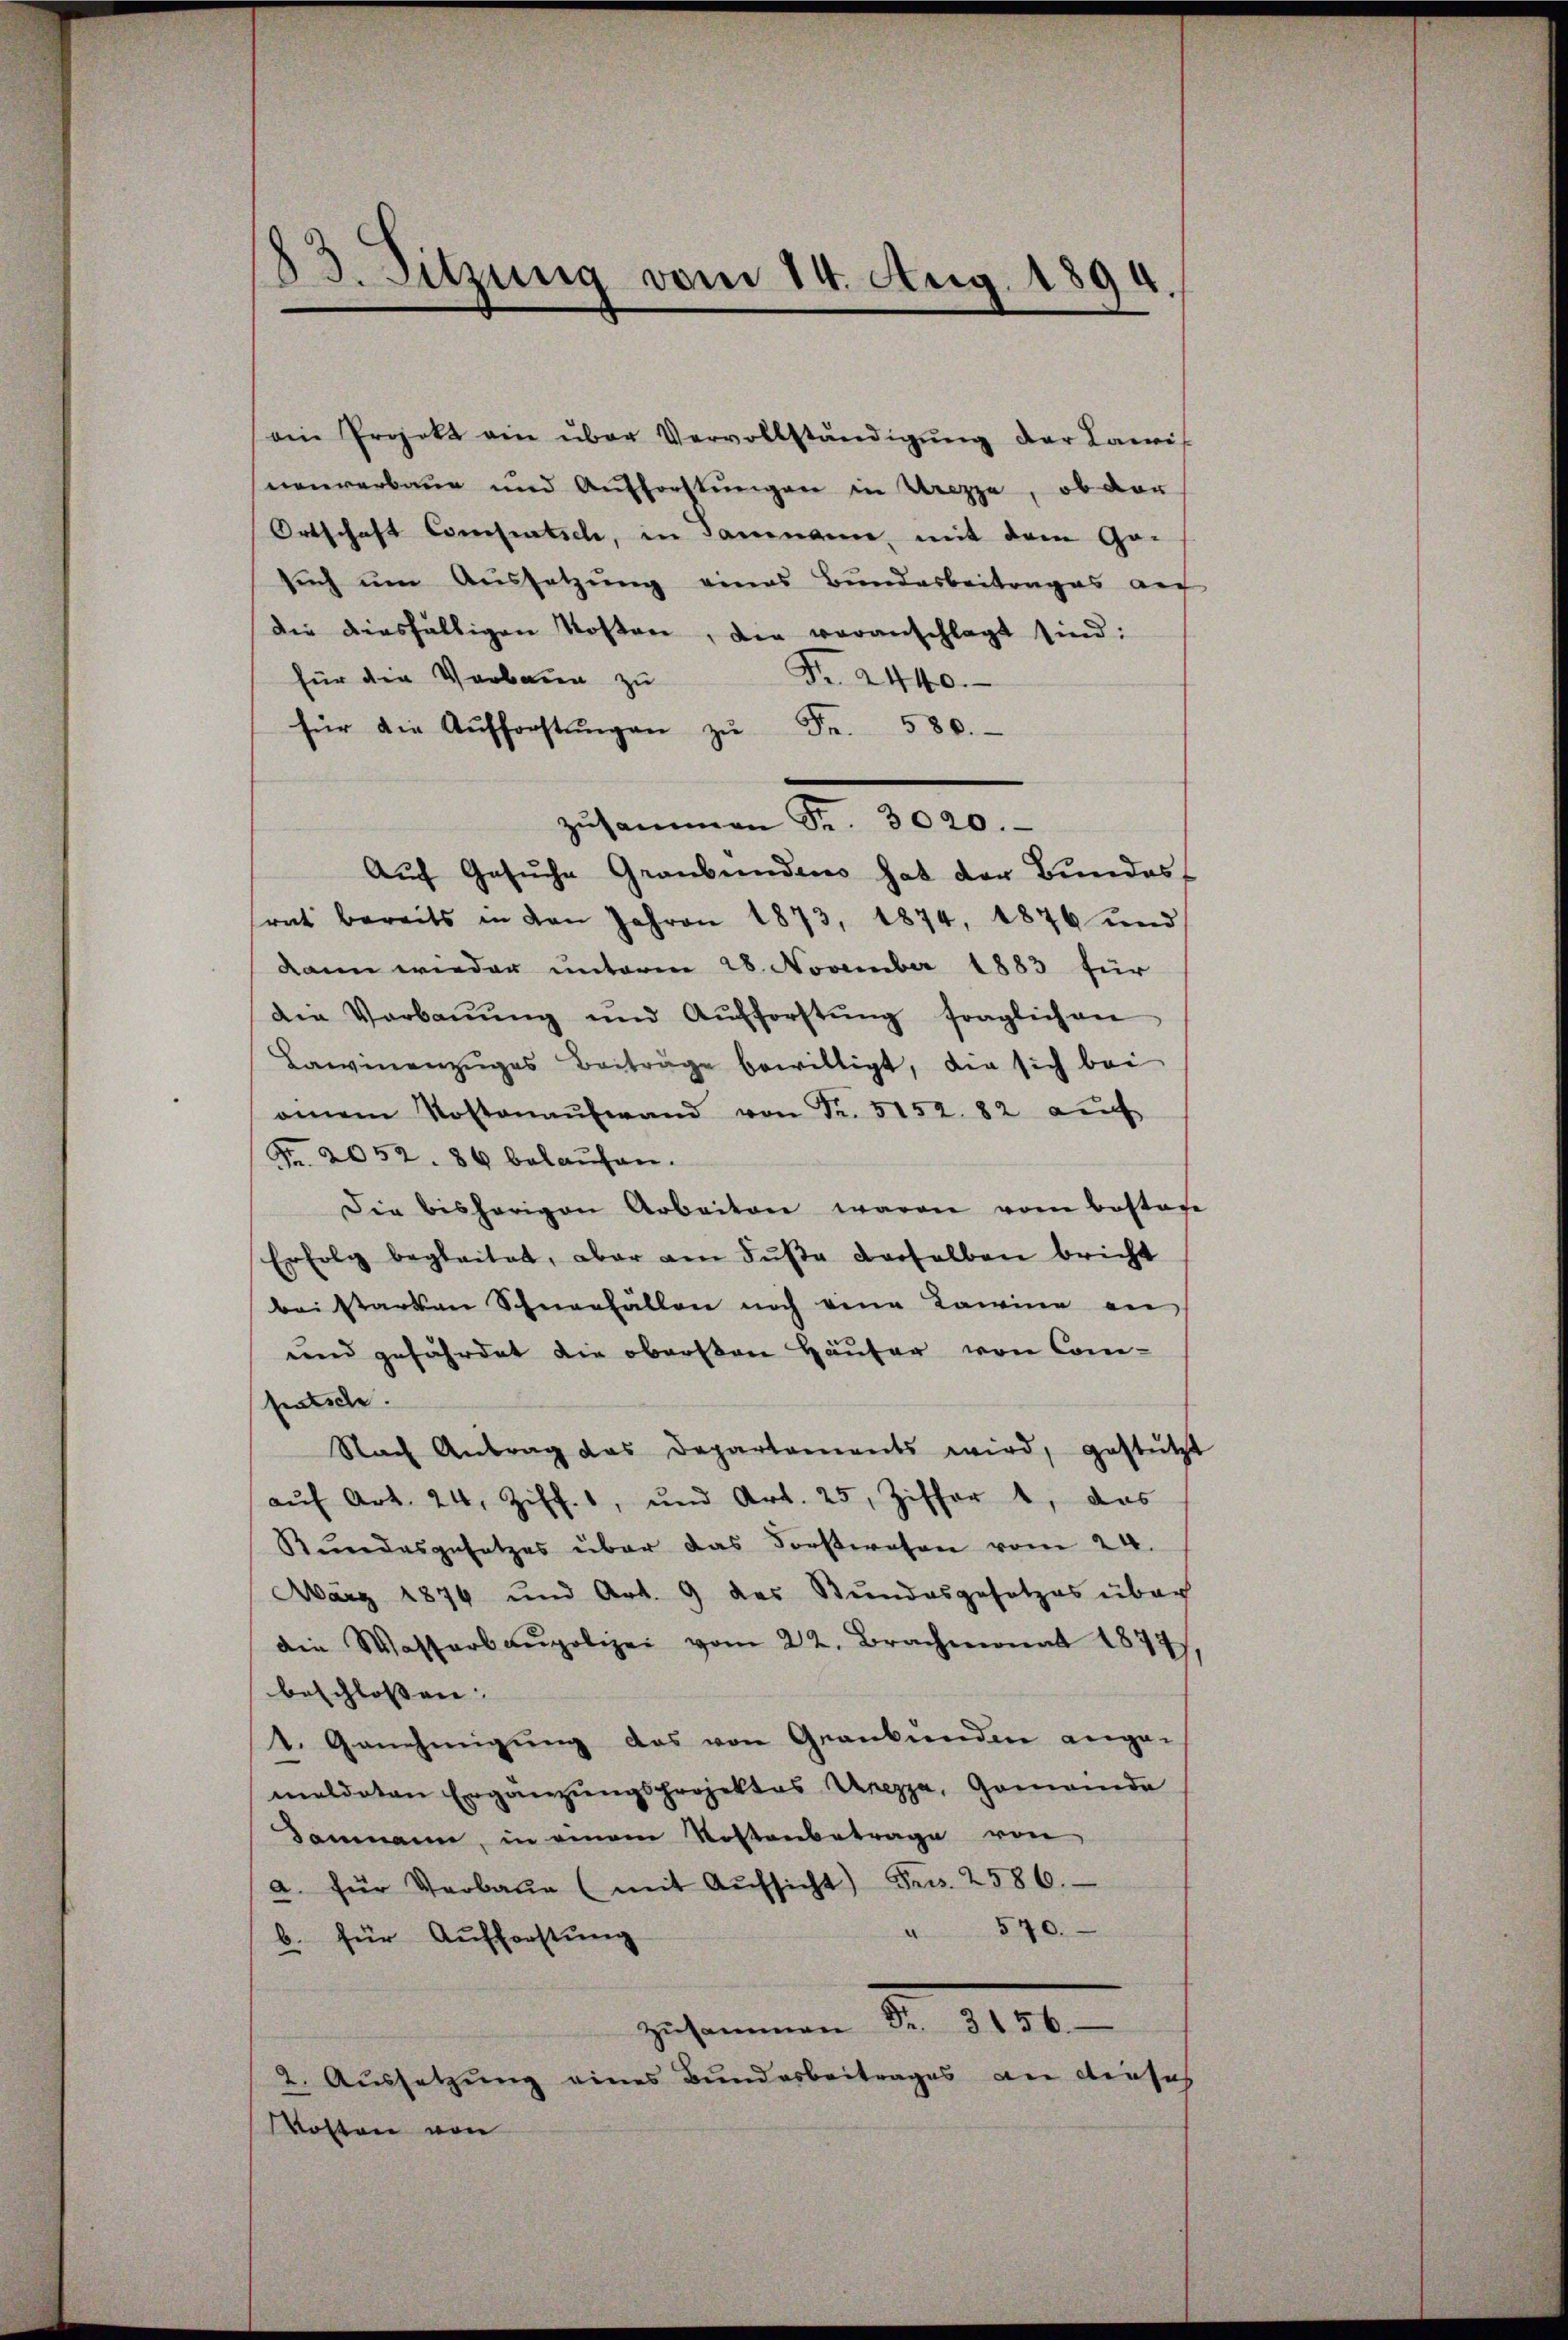
83. Sitzung vom 14. Aug. 1894.

ain Projekt ein über Vervollständigŭng der Lawis
nouverbaue und Aufforstungen in Ureppe, ob der
Ortschaft Consentsch, in Sammen, mit dem Ge-
such um Aussetzung eines Bundesbeitrages au
die diesfälligen Kosten, die veranschlagt sind:
Fr. 2440.
für die Verbann zu
für die Aŭfforstŭngen zŭ Fr. 580.
zŭsammen Fr. 3020.
Aŭch Gesŭche Graubünden hat der Bŭndes
rat bereits in den Jahren 1873, 1874, 1876 und
kann wieder unterm 28. November 1883 für
die Verbaŭŭng und Aŭfforstŭng fraglichen
Lawinenzŭges Beiträge bewilligt, die sich bei
onem Kostenaufwand von Fr. 5152. 82 aŭf
Fr. 2052. 86 belaufen.
Die bisherigen Arbeiten waren vom bestage
Erfolg begleitet, aber am Fuße derselben bricht
bei starken Schneefallen noch eine Kamine an
und gefährdet die obersten Häuser von Comhalsche
Nach Antrag das Departements wird, gestützt
aŭf Art. 24, Ziff. 1, und Art. 25, Ziffert, das
Rŭndesgesetzes über das Forstwesen vom 24.
März 1874 und Art. 9 des Stundesgesetzes über
die Wasserbaupolizei vom 22. Brachmonat 1877,
beschlossen. |
1. Genehmigung das von Grankenden ange-
meldeten Ergänzŭngsprojektes Unezza, Gemeinde
Dammann, in einem Kostenbetrage von
a. für Verbaŭe (mit Aŭfsicht) Fr. 2586.
" 570.
b. für Aufforstung
zusammen Fr. 3156.
2. Aussetzung eines Bundesbeitrages an dieses
Kosten von